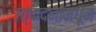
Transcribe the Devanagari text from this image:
उत्पादनांमधून